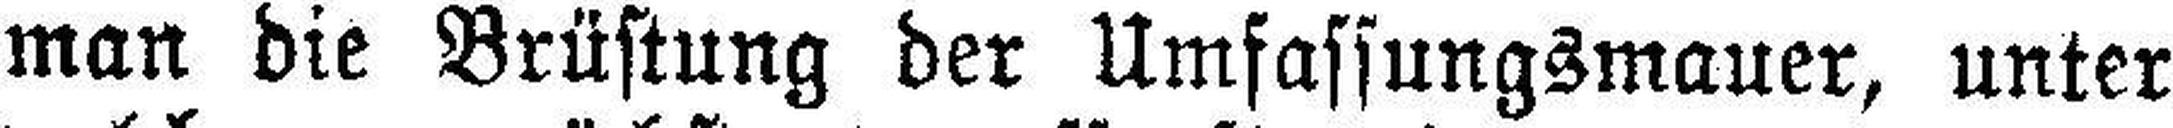
man die Brüstung der Umfassungsmauer, unter